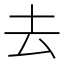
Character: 去